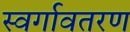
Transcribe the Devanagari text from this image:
स्वर्गावतरण